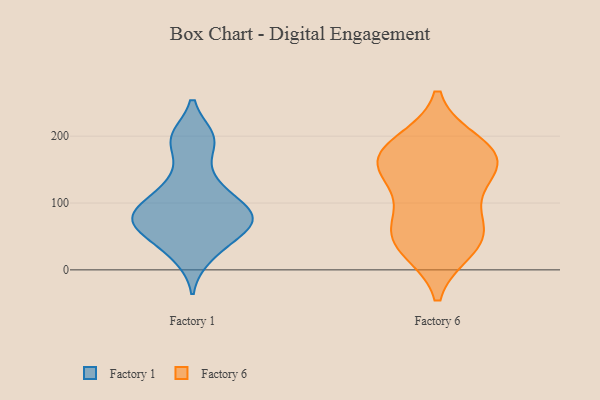
{"axis": {"x": "Demand Index", "y": "Value"}, "legend": ["Factory 1", "Factory 6"], "data": [{"x": "", "y": 74, "type": "Factory 1"}, {"x": "", "y": 198, "type": "Factory 1"}, {"x": "", "y": 69, "type": "Factory 1"}, {"x": "", "y": 20, "type": "Factory 1"}, {"x": "", "y": 89, "type": "Factory 1"}, {"x": "", "y": 123, "type": "Factory 1"}, {"x": "", "y": 138, "type": "Factory 1"}, {"x": "", "y": 77, "type": "Factory 1"}, {"x": "", "y": 51, "type": "Factory 1"}, {"x": "", "y": 90, "type": "Factory 1"}, {"x": "", "y": 192, "type": "Factory 1"}, {"x": "", "y": 74, "type": "Factory 1"}, {"x": "", "y": 196, "type": "Factory 1"}, {"x": "", "y": 33, "type": "Factory 1"}, {"x": "", "y": 105, "type": "Factory 1"}, {"x": "", "y": 68, "type": "Factory 1"}, {"x": "", "y": 33, "type": "Factory 6"}, {"x": "", "y": 161, "type": "Factory 6"}, {"x": "", "y": 188, "type": "Factory 6"}, {"x": "", "y": 56, "type": "Factory 6"}, {"x": "", "y": 160, "type": "Factory 6"}, {"x": "", "y": 96, "type": "Factory 6"}, {"x": "", "y": 163, "type": "Factory 6"}, {"x": "", "y": 41, "type": "Factory 6"}, {"x": "", "y": 57, "type": "Factory 6"}, {"x": "", "y": 179, "type": "Factory 6"}, {"x": "", "y": 142, "type": "Factory 6"}]}